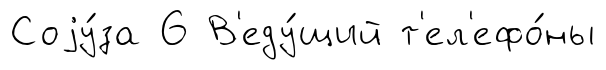
Соjу́за 6 В'еду́щий т'ел'ефо́ны